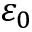
\varepsilon _ { 0 }